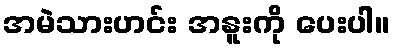
အမဲသားဟင်း အနူးကို ပေးပါ။